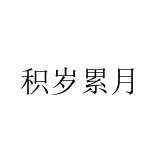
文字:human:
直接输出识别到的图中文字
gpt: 积岁累月